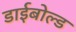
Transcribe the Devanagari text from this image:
डाईबोल्ड